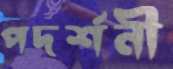
পদর্শনী